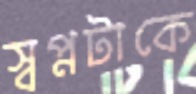
স্বপ্নটাকে